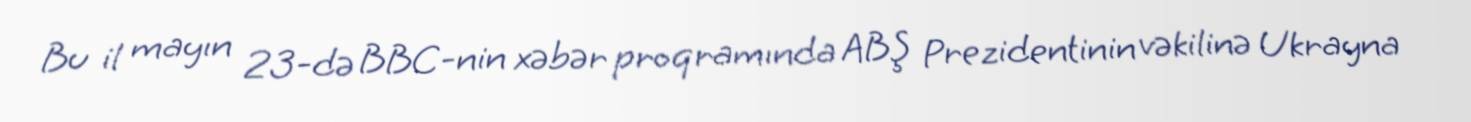
Bu il mayın 23-də BBC-nin xəbər proqramında ABŞ Prezidentinin vəkilinə Ukrayna